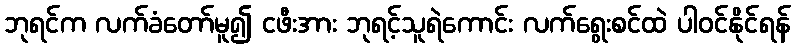
ဘုရင်က လက်ခံတော်မူ၍ ငဖီးအား ဘုရင့်သူရဲကောင်း လက်ရွေးစင်ထဲ ပါဝင်နိုင်ရန်